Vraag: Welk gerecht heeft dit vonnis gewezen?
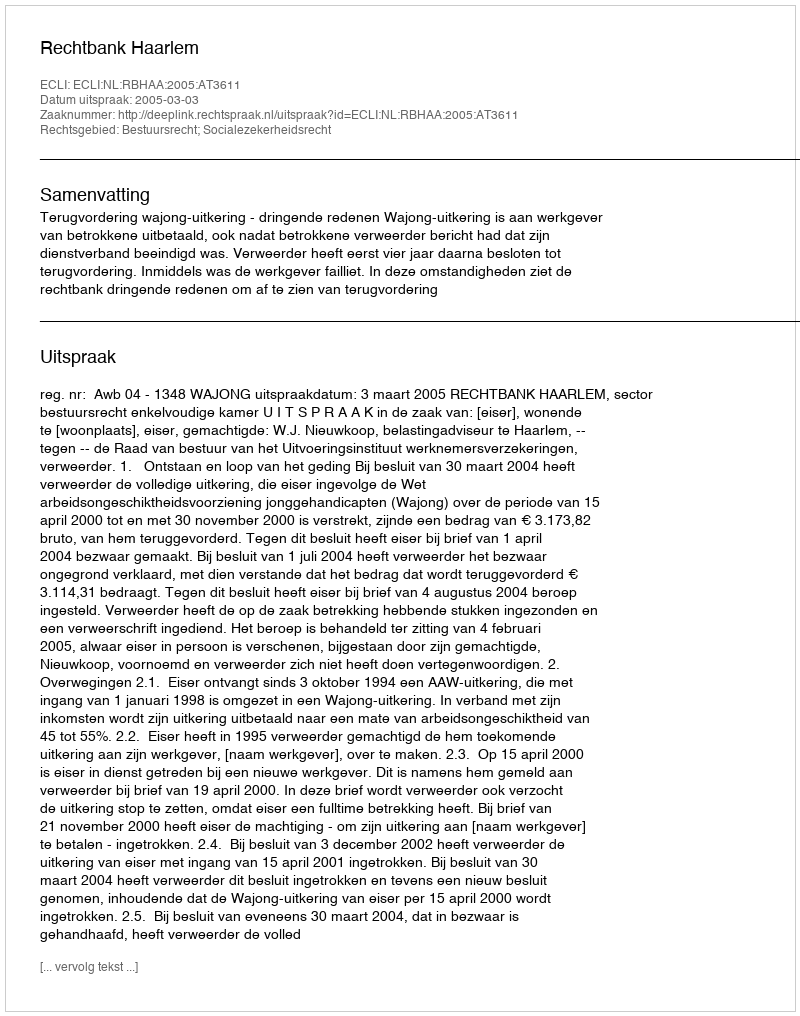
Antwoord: Rechtbank Haarlem